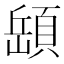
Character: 𩓥